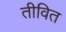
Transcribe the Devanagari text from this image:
तीवित